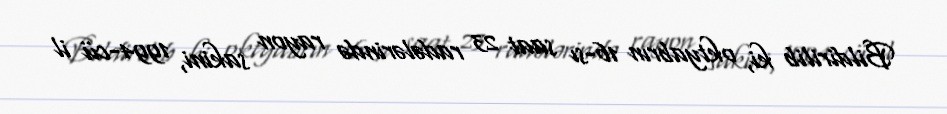
Bildirilib ki, oktyabrın 16-sı saat 23 radələrində rayon sakini, 1994-cü il